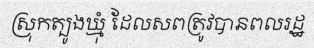
ស្រុកត្បូងឃ្មុំ ដែលសពត្រូវបានពលរដ្ឋ